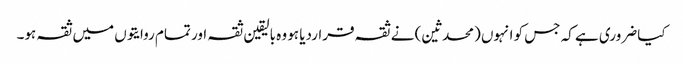
کیا ضروری ہے کہ جس کو انہوں (محدثین) نے ثقہ قراردیا ہو وہ بالیقین ثقہ اور تمام روایتوں میں ثقہ ہو۔